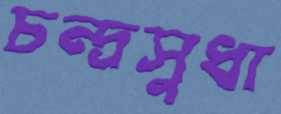
চন্দ্রসুধা